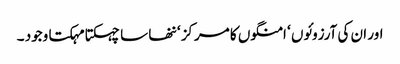
اور ان کی آرزوئوں ‘ امنگوں کا مرکز ‘ ننھا سا چہکتا مہکتا وجود ۔